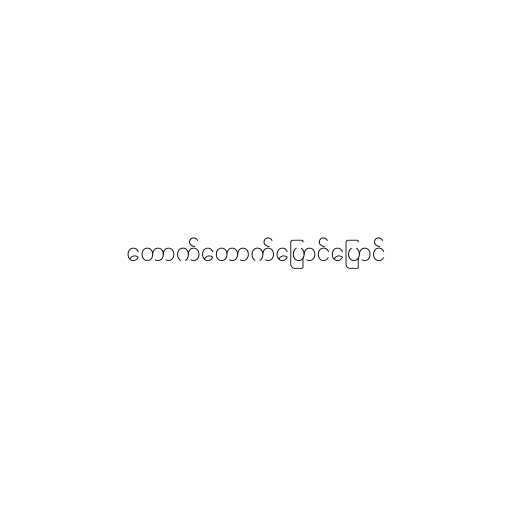
တောက်တောက်ပြောင်ပြောင်